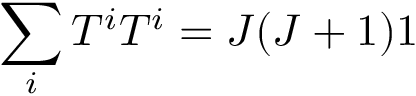
\sum _ { i } T ^ { i } T ^ { i } = J ( J + 1 ) 1